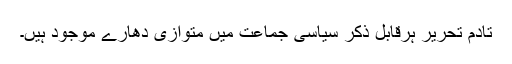
تادم تحریر ہرقابل ذکر سیاسی جماعت میں متوازی دھارے موجود ہیں۔